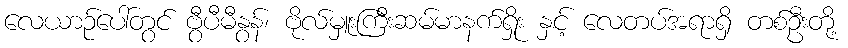
လေယာဉ်ပေါ်တွင် ဗွီပီမီနွန်၊ ဗိုလ်မှူးကြီးဆမ်မာနက်ရှိုး နှင့် လေတပ်အရာရှိ တစ်ဦးတို့